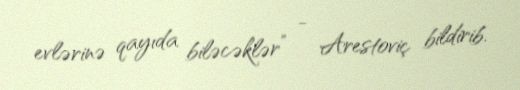
evlərinə qayıda biləcəklər” - Arestoviç bildirib.